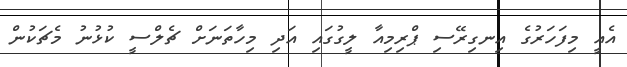
އެއީ މިފަހަރުގެ އިނގިރޭސި ޕްރިމިއާ ލީގުގައި އަދި މިހާތަނަށް ޗެލްސީ ކުޅުނު މެޗަކުން